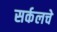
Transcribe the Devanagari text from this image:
सर्कलचे